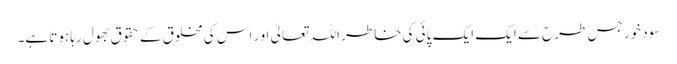
سود خور جس طرح سے ایک ایک پائی کی خاطر اللہ تعالیٰ او ر اس کی مخلوق کے حقوق بھول رہا ہوتا ہے۔